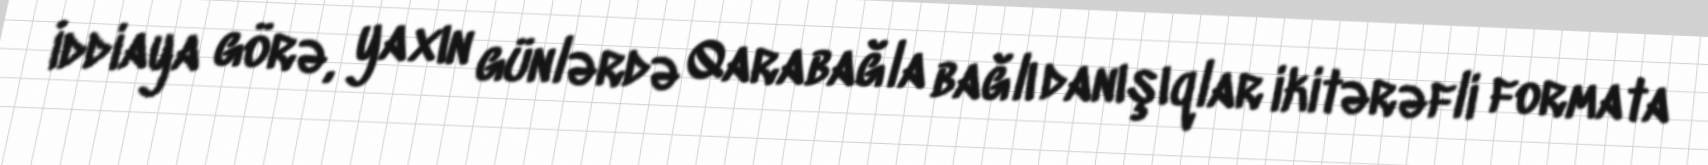
İddiaya görə, yaxın günlərdə Qarabağla bağlı danışıqlar ikitərəfli formata